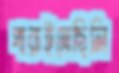
পারাইতেছিলি